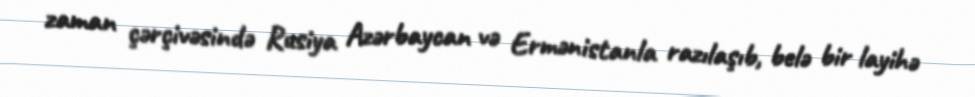
zaman çərçivəsində Rusiya Azərbaycan və Ermənistanla razılaşıb, belə bir layihə